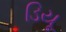
ડિયૂ